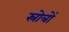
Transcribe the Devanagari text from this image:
स्रोत्रों